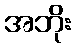
အဘိုး